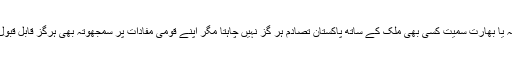
امریکہ یا بھارت سمیت کسی بھی ملک کے ساتھ پاکستان تصادم ہر گز نہیں چاہتا مگر اپنے قومی مفادات پر سمجھوتہ بھی ہرگز قابل قبول نہیں۔